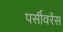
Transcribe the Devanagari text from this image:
पर्सीवरेंस